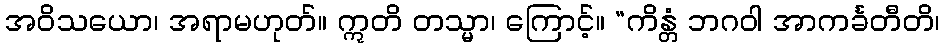
အဝိသယော၊ အရာမဟုတ်။ ဣတိ တသ္မာ၊ ကြောင့်။ “ကိန္တံ ဘဂဝါ အာကင်္ခတီတိ၊